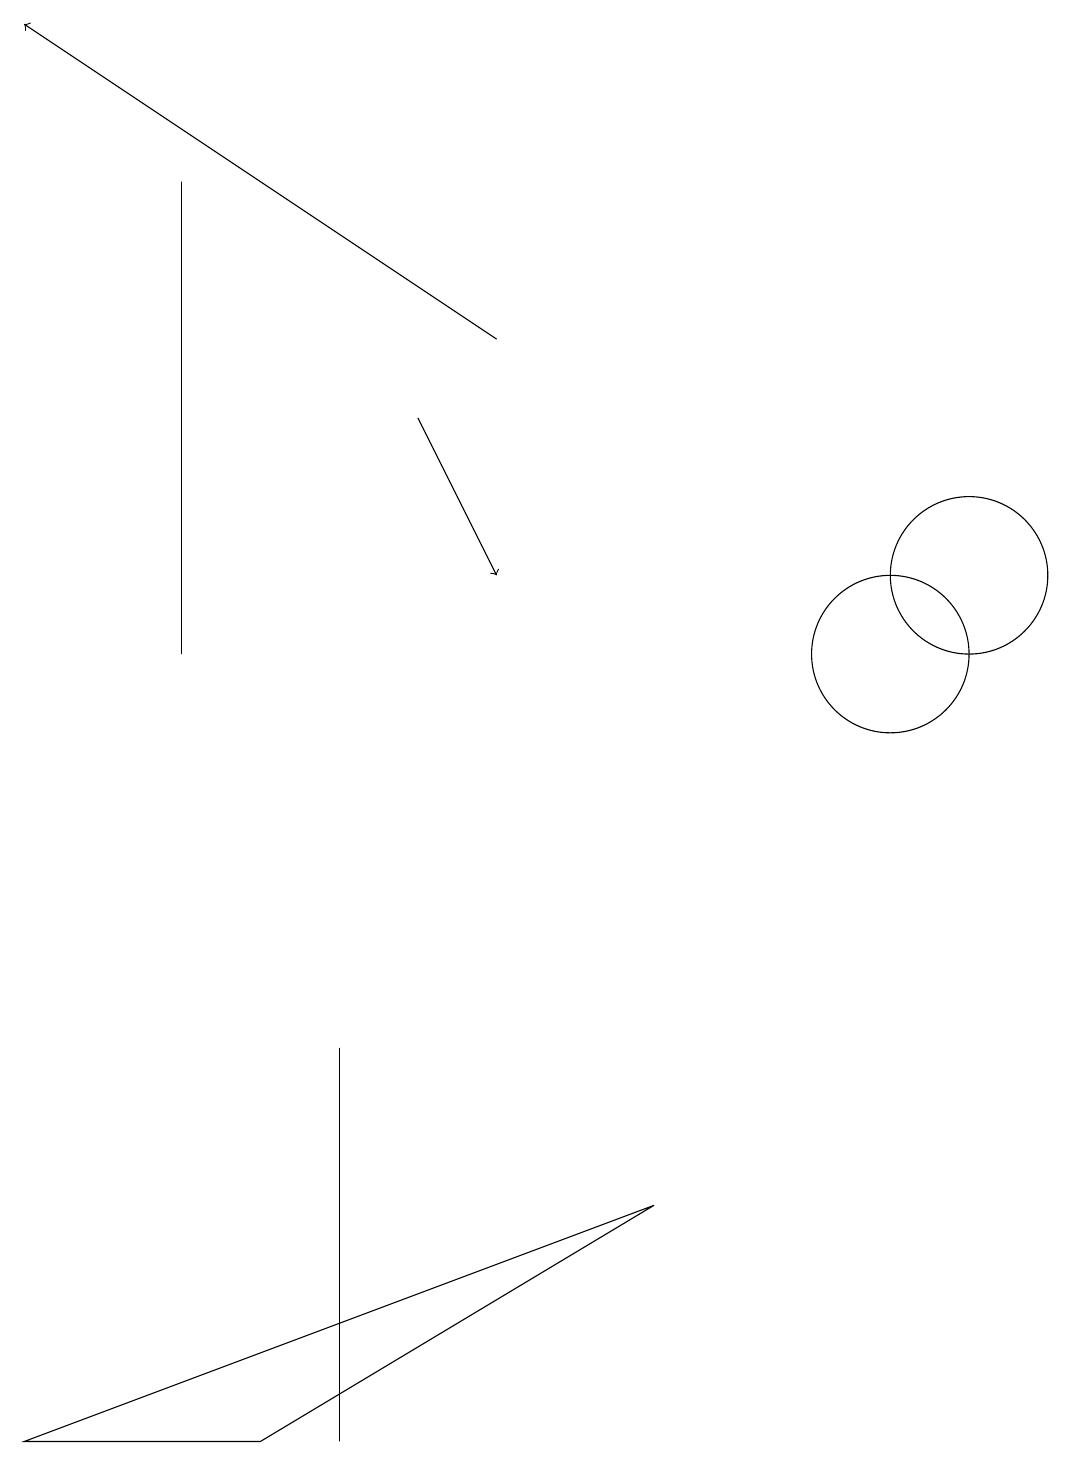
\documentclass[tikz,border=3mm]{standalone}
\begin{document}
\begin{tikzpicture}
\draw (4,0) -- (4,5) -- (4,5) -- cycle;
\draw (10,11) circle (0);
\draw (8,3) -- (3,0) -- (0,0) -- cycle;
\draw[->] (5,13) -- (6,11);
\draw (12,11) circle (1);
\draw (2,10) rectangle (2,16);
\draw[->] (6,14) -- (0,18);
\draw (11,10) circle (1);
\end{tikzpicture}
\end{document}